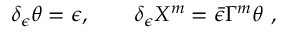
\delta _ { \epsilon } \theta = \epsilon , \qquad \delta _ { \epsilon } X ^ { m } = \bar { \epsilon } \Gamma ^ { m } \theta \ ,